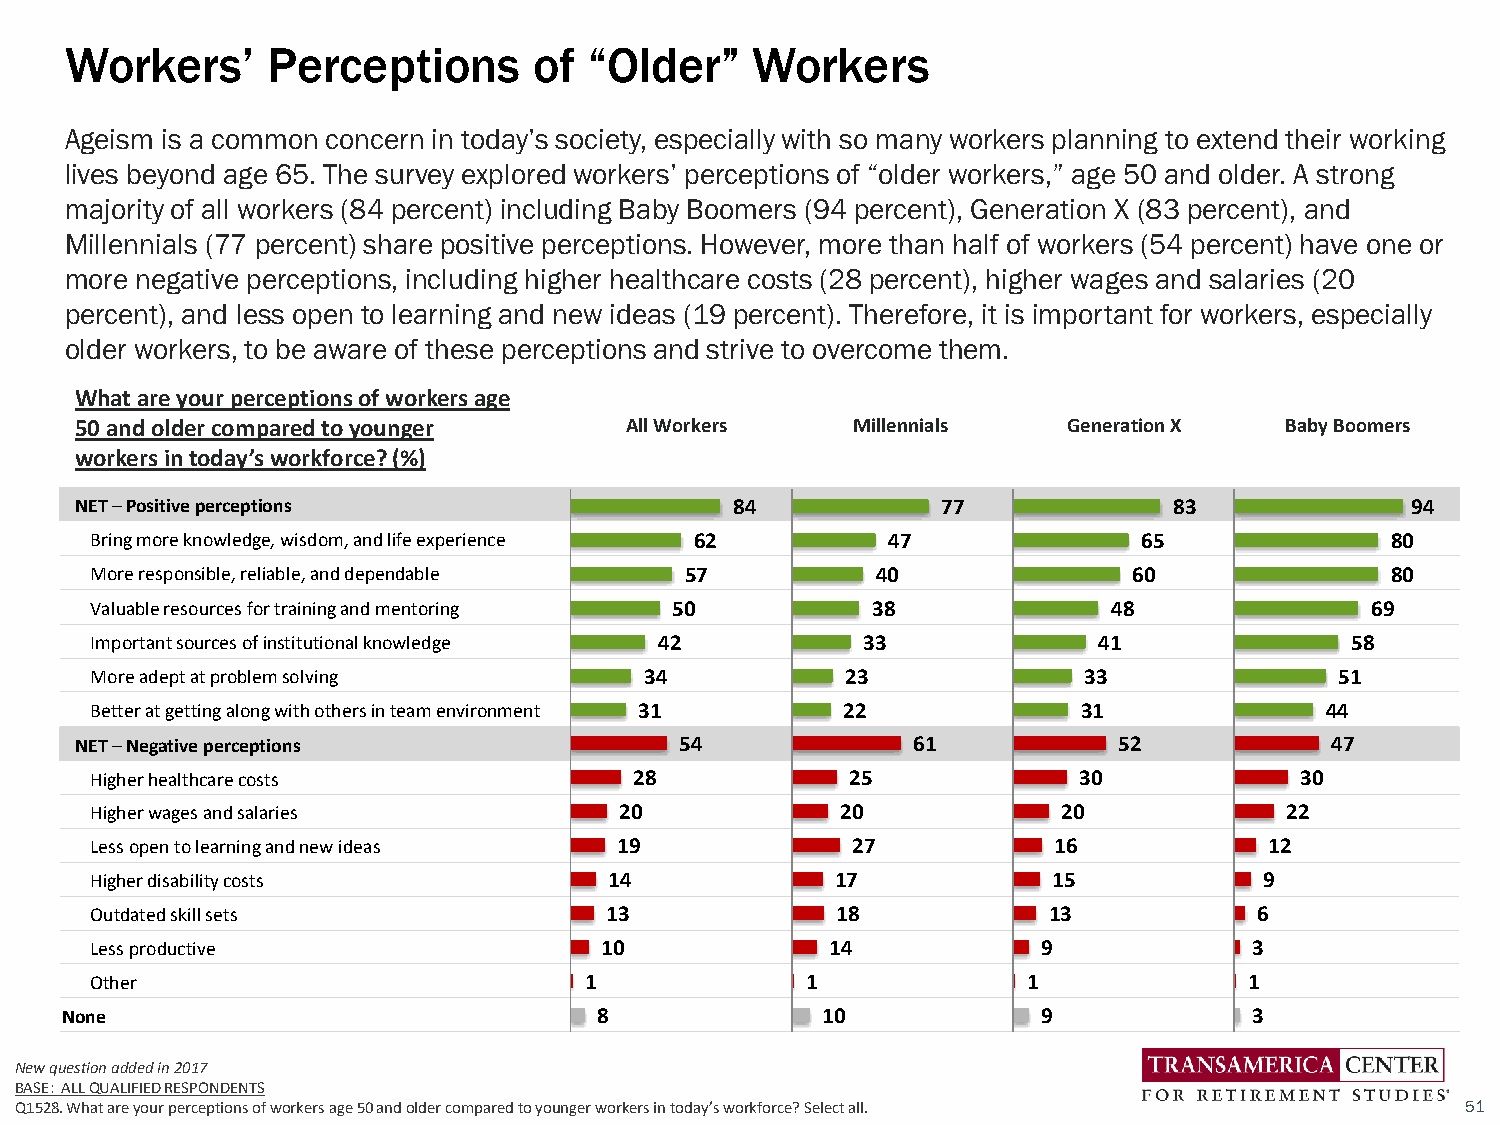
Workers’      Perceptions      of  “Older”    Workers
 Ageism is a common concern in today’s society, especially with so many workers planning to extend their working
 lives beyond age 65. The survey explored workers’ perceptions of “older workers,” age 50 and older. A strong
 majority of all workers (84 percent) including Baby Boomers (94 percent), Generation X (83 percent), and
 Millennials (77 percent) share positive perceptions. However, more than half of workers (54 percent) have one or
 more negative perceptions, including higher healthcare costs (28 percent), higher wages and salaries (20
 percent), and less open to learning and new ideas (19 percent). Therefore, it is important for workers, especially
 older workers, to be aware of these perceptions and strive to overcome them.
 What are your perceptions of workers age
 50 and older compared to younger    All Workers    Millennials    Generation X  Baby Boomers
 workers in today’s workforce? (%)
 NET –Positive perceptions                   84           77              83             94
 Bring more knowledge, wisdom, and life experience 62 47               65              80
 More responsible, reliable, and dependable 57       40               60               80
 Valuable resources for training and mentoring 50    38              48               69
 Important sources of institutional knowledge 42    33              41              58
 More adept at problem solving        34           23              33               51
 Better at getting along with othersin team environment 31 22      31              44
 NET –Negative perceptions               54             61            52            47
 Higher healthcarecosts              28            25             30             30
 Higher wages and salaries          20             20            20             22
 Less open to learning and new ideas 19            27            16            12
 Higher disability costs           14             17             15            9
 Outdated skill sets               13             18            13            6
 Less productive                   10             14            9             3
 Other                            1             1              1              1
 None                                8             10             9             3
 New question added in 2017
 BASE: ALL QUALIFIED RESPONDENTS
 Q1528. What are your perceptions of workers age 50 and older compared to younger workers in today’s workforce? Select all. 51